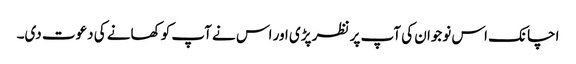
اچانک اس نوجوان کی آپ پر نظر پڑی اور اس نے آپ کو کھانے کی دعوت دی۔